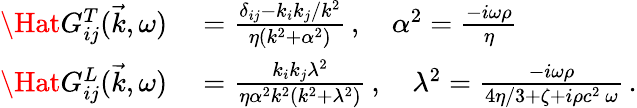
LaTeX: \begin{array}{rl}{\Hat{G}_{ij}^{T}(\vec{k},\omega)}&{{}=\frac{\delta_{ij}-k_{i}k_{j}/k^{2}}{\eta(k^{2}+\alpha^{2})}\, ,\quad\alpha^{2}=\frac{-i\omega\rho}{\eta}}\\ {\Hat{G}_{ij}^{L}(\vec{k},\omega)}&{{}=\frac{k_{i}k_{j}\lambda^{2}}{\eta\alpha^{2}k^{2}(k^{2}+\lambda^{2})}\, ,\quad\lambda^{2}=\frac{-i\omega\rho}{4\eta/3+\zeta+i\rho c^{2}\ \omega}\, .}\end{array}